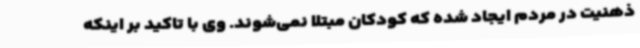
ذهنیت در مردم ایجاد شده که کودکان مبتلا نمی‌شوند. وی با تاکید بر اینکه